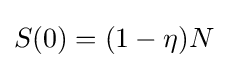
S(0)=(1-\eta )N